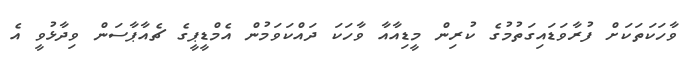
ވާހަކަތަކަށް ފުރާވަޑައިގަތުމުގެ ކުރިން މީޑިއާއާ ވާހަކަ ދައްކަވަމުން އެމްޑީޕީގެ ޗެއާޕާސަން ވިދާޅުވީ އެ